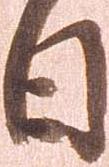
日